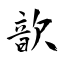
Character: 歆